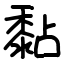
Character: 黏